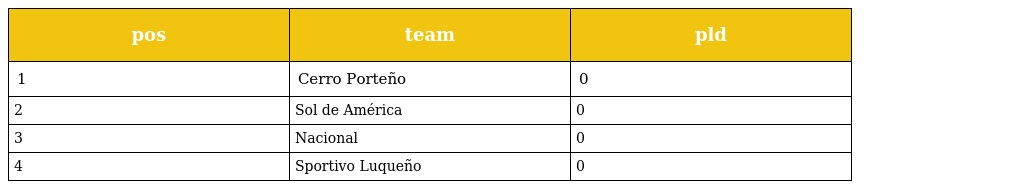
| pos | team | pld |
 | --- | --- | --- |
 | 1 | Cerro Porteño | 0 |
 | 2 | Sol de América | 0 |
 | 3 | Nacional | 0 |
 | 4 | Sportivo Luqueño | 0 |